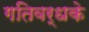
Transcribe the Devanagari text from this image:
गतिवर्धके